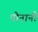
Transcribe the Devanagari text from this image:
पोनानी